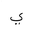
Letter: _ya